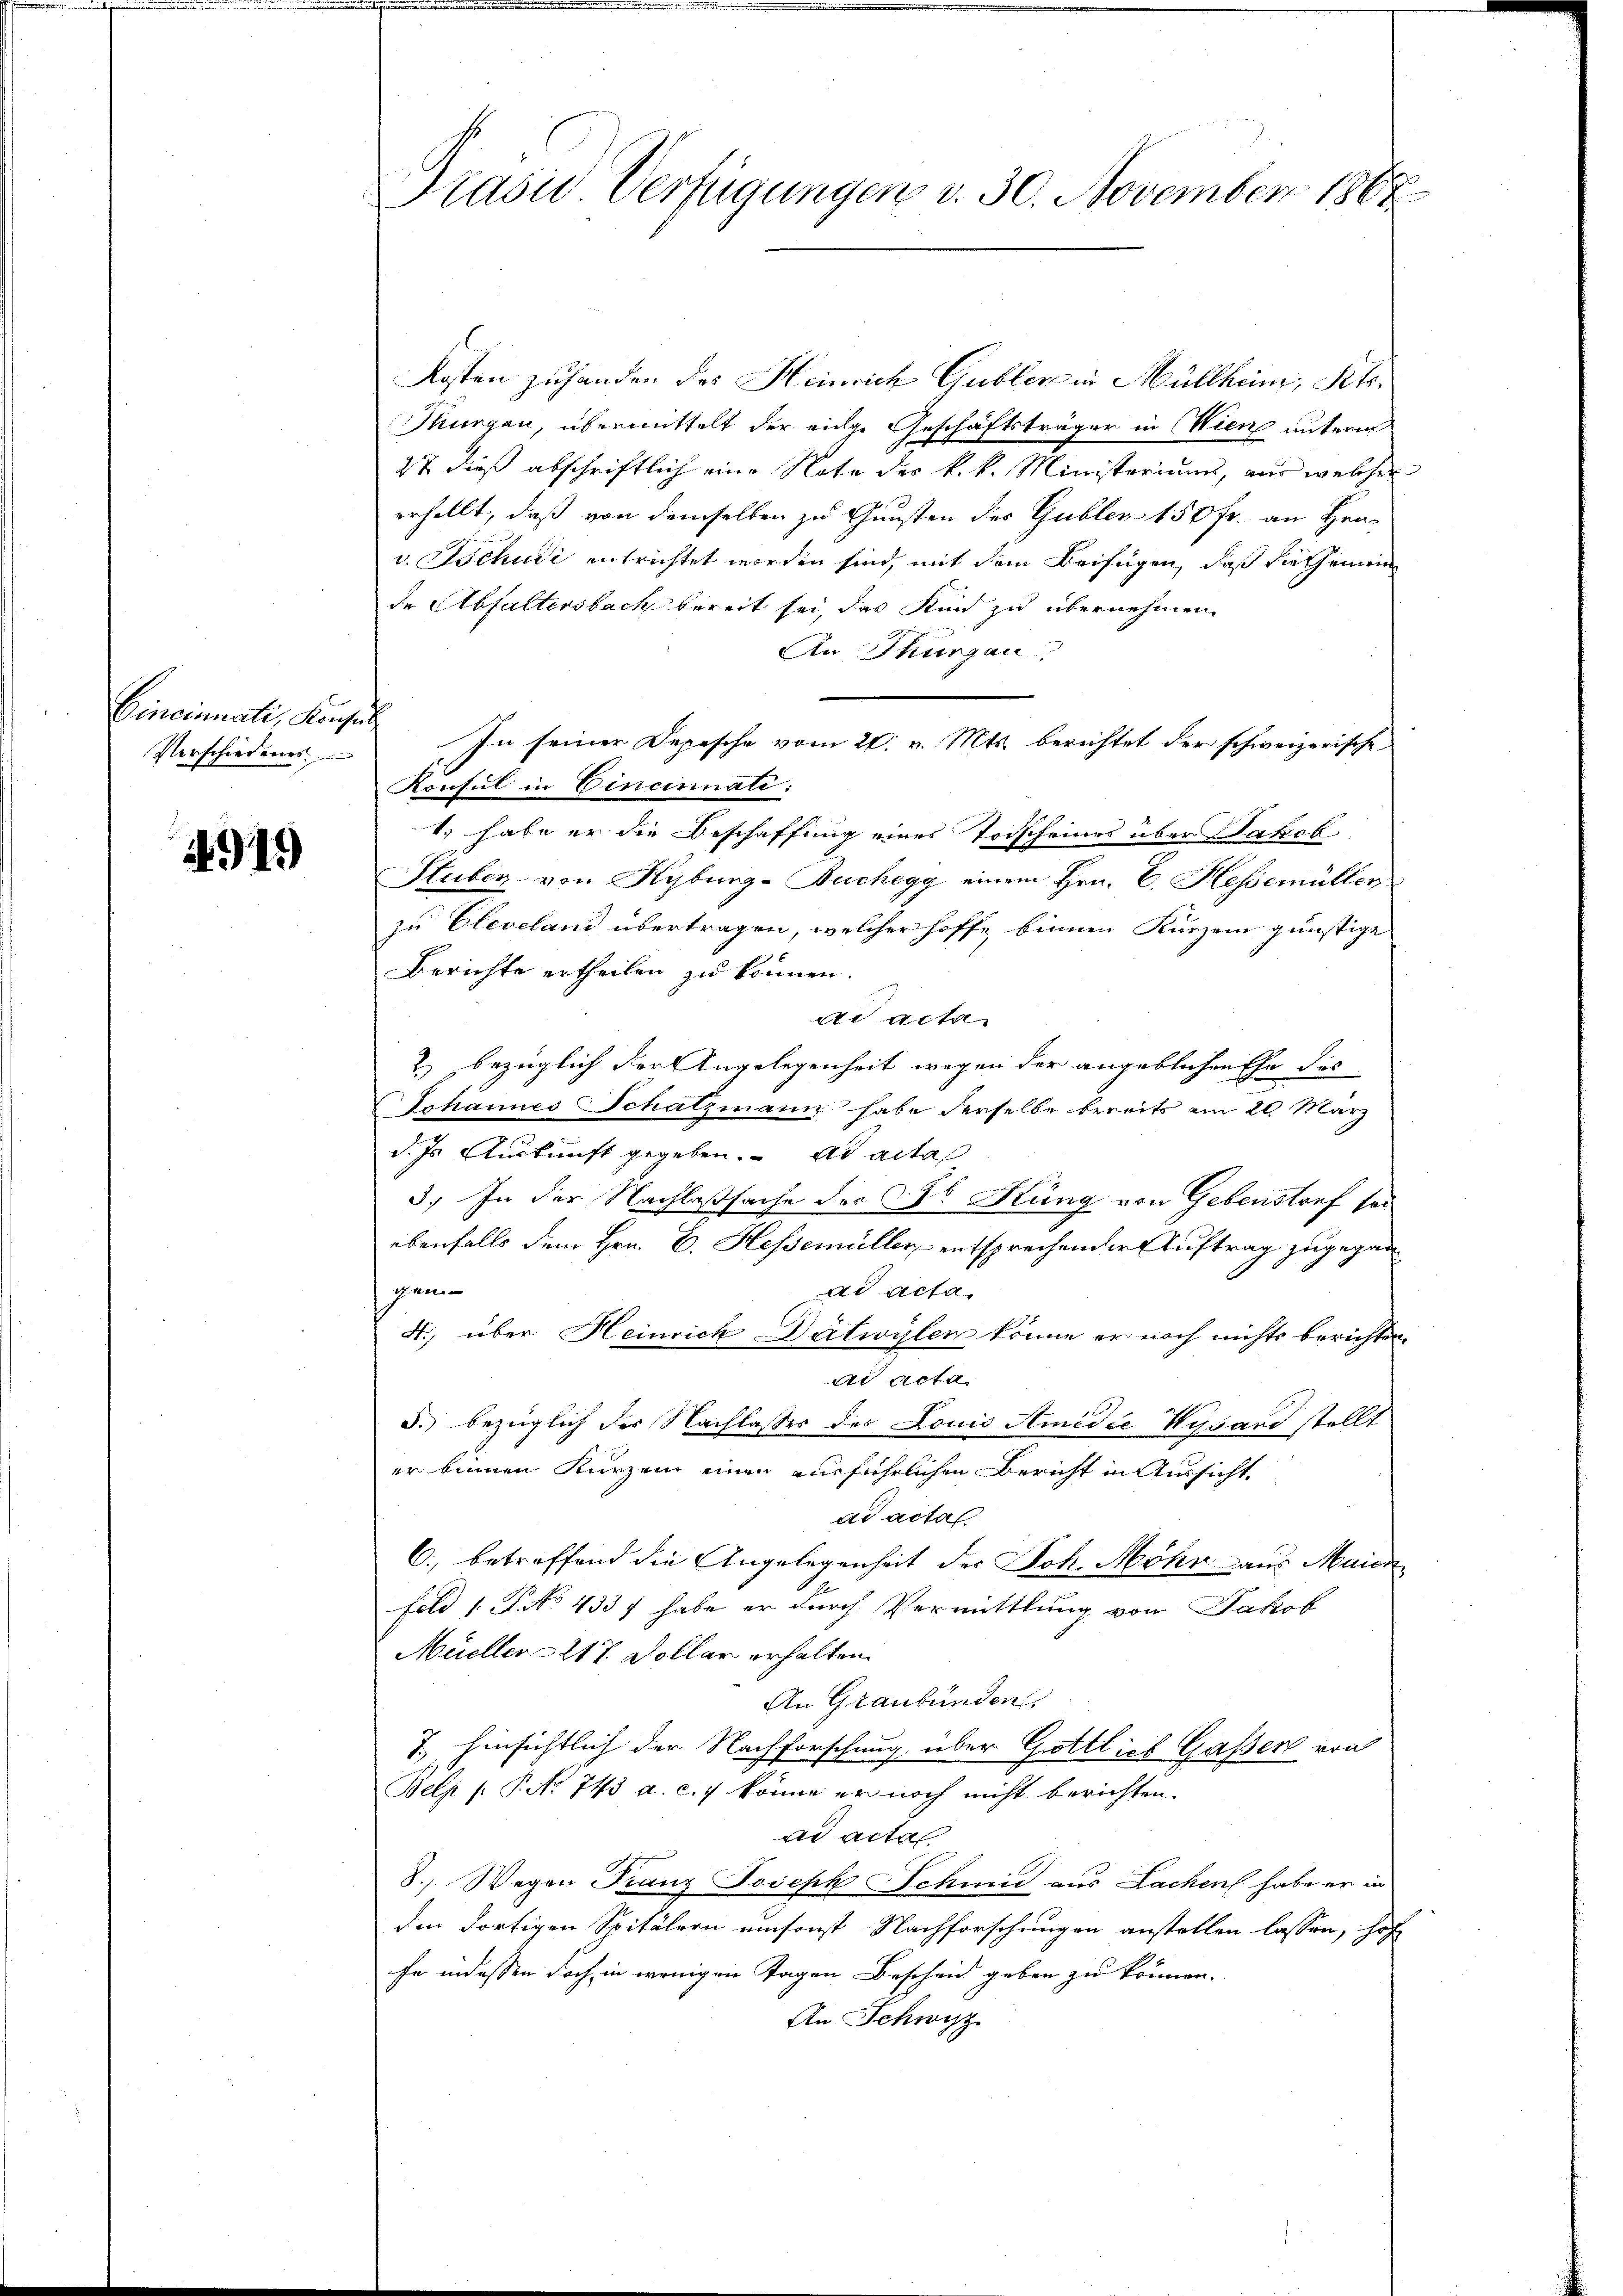
Cincinati, Konse
Verschiedenes

i 919

Drasie Verfügungen v. 30. November 1868

Kosten zuhanden des Heinrich Gubler in Müllheim, Pets.
Thurgau, übermittelt der einge Geschäftsträger in Wien unterm
27 dieß abschriftlich eine Note der k. k. Ministeriums, nur welcher
erhellt, daß von demselben zu Gunsten des Gubler 150 fr. an Hrn.
v. Tschudi entrichtet worden sind, mit dem Beifügen, daß die scheinein
de Abfaltersbach bereit sei, das Kind zu übernehmen.
An Thurgau.
In seiner Depesche vom 20. v. Mts. berichtet der schweizerische
Konsul in Vincinnale:
1.) habe er die Beschaffung eines Todscheines über Jakob
Stubin von Kyburg-Buchegg einem Hrn. C. Hessemüller
zu Cleveland übertragen, welcher hoffe binnen Kurzem günstige
Berichte ertheilen zu können.
de acta
2) bezüglich der Angelegenheit wegen der angeblichen Ehe des
Schannes Schatzmann habe derselbe bereits am 20. März
d. Js. Auskunft gegeben. ad acta
5.) In der Nachlaßsache des Dr Küng von Gebenstorf sei
ebenfalls dem Hrn. C. Hessemüller entsprechender Auftrag zugegangen
ad acta.
4., über Heinrich Dätwylen könne er noch nichts berichten,
di Acta
5. bezüglich des Nachlasses des Louis Amidie Wysard stellt
er beinen Kurzem einen ausführlichen Bericht in Aussicht.
ad actat
6., betreffend die Angelegenheit der Joh. Mohr aus Maier
Feld 1. P. No 4337 habe er durch Vermittlung von Jakob
Müchler 217. Dollar erhalten.
An Graubünden,
7. hinsichtlich der Nachforschung über Gottlich Gaßer von
Belj /: P. No 743 a. c. 7 könne er noch nicht berichten.
ad acta
8., Wegen Franz Joseph Schmid aus Lachen habe er in
den dortigen Spitälern umsonst Nachforschungen anstellen lassen, hof
fa indessen doch in wenigen Tagen Bescheid geben zu können.
An Schwyz